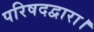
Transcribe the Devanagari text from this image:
परिषदद्वारा।